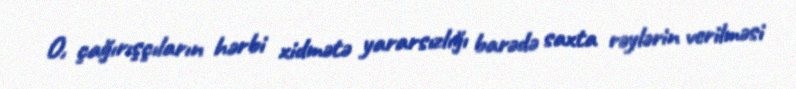
O, çağırışçıların hərbi xidmətə yararsızlığı barədə saxta rəylərin verilməsi